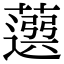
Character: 𦽙